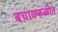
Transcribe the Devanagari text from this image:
बचावफळीत